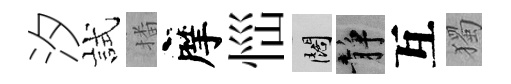
汐試播摩𢙉闊静互獨